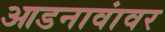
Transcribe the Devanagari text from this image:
आडनावांवर